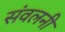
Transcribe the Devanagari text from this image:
संवलनी